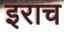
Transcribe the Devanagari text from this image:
इराच